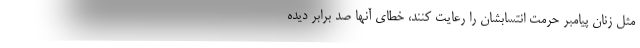
مثل زنان پیامبر حرمت انتسابشان را رعایت کنند، خطای آنها صد برابر دیده